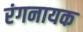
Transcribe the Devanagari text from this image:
रंगनायक